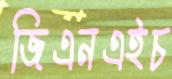
জিএনএইচ